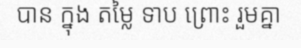
បាន ក្នុង តម្លៃ ទាប ព្រោះ រួមគ្នា